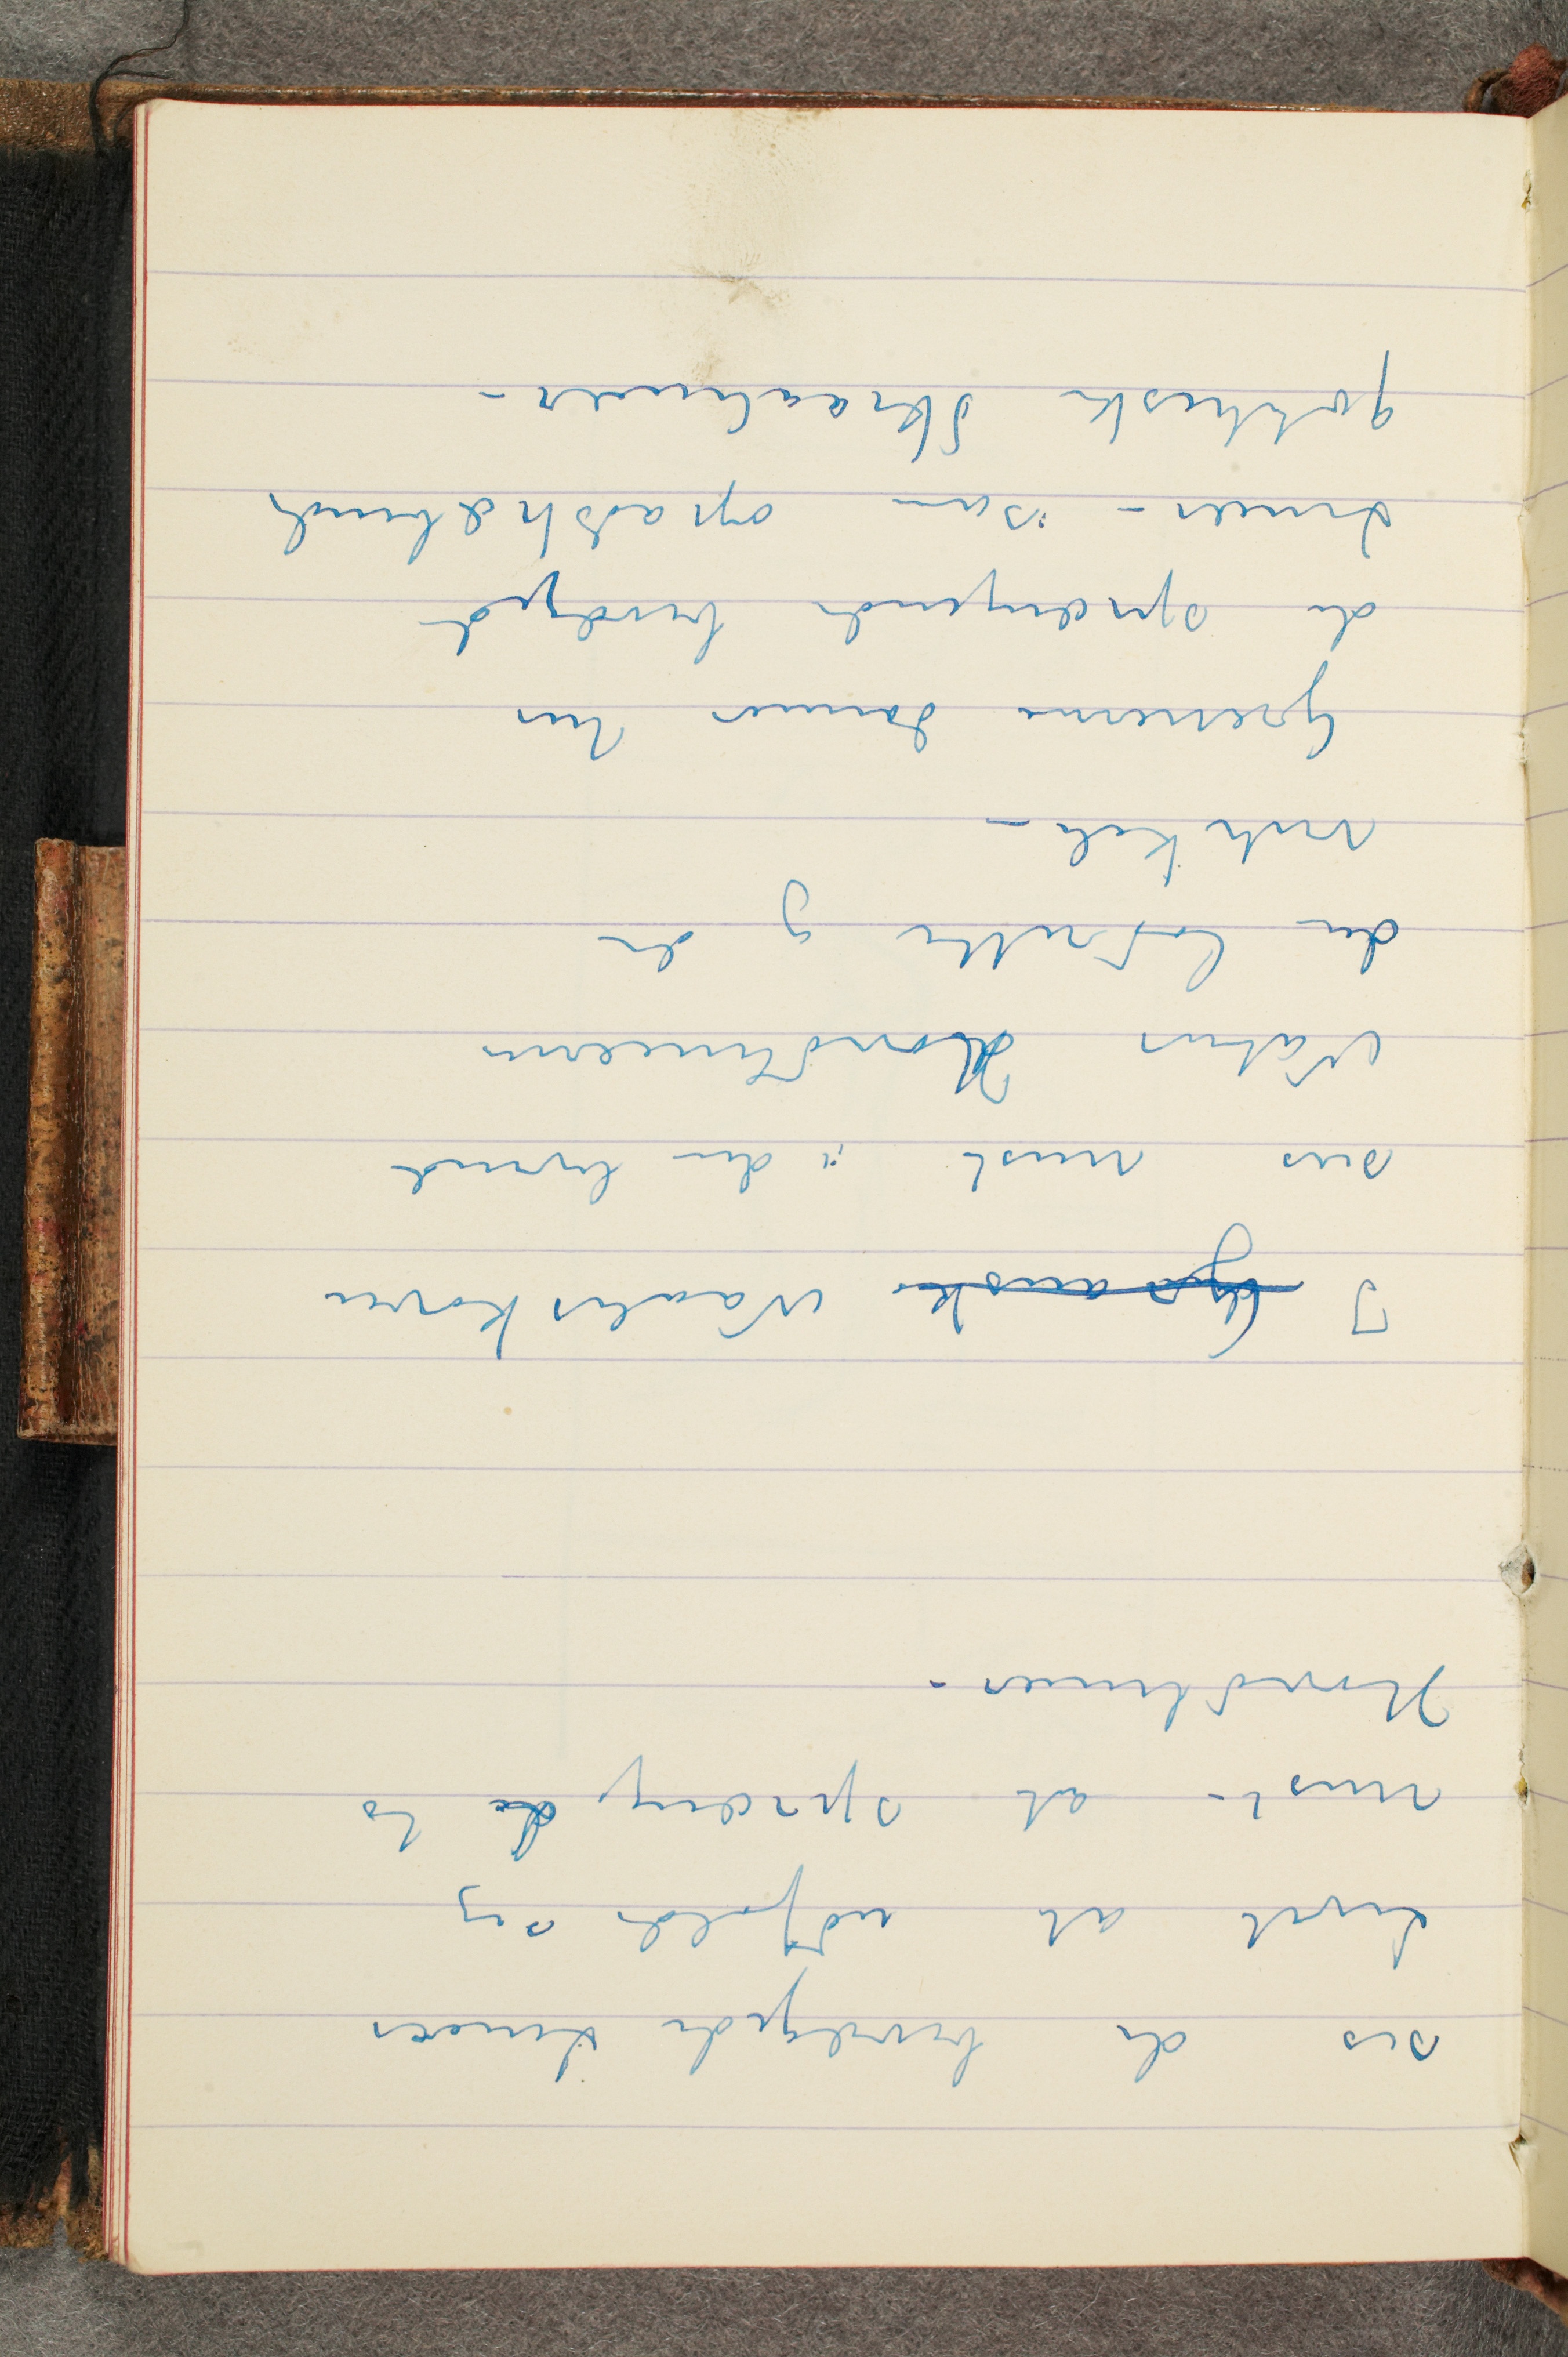
ses de bevægede Linier
Livet at udfolde sig
mest – at sprænge de to
Hovedlinier –

I Gransko Naaleskoven
sees mest i den levende
Natur Hovedlinierne
den lodrette og den
vertikale –
Grenerne danner her
de sprængende bevægede
Linier – som opadstræbende
gothiske Skraalinier –